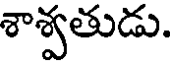
శాశ్వతుడు.